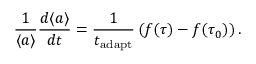
\frac { 1 } { \langle a \rangle } \frac { d \langle a \rangle } { d t } = \frac { 1 } { t _ { \mathrm { a d a p t } } } \left( f ( \tau ) - f ( \tau _ { 0 } ) \right) .